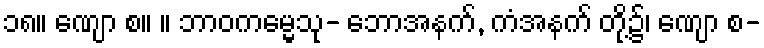
၁၈။ ဏျော စ။ ။ ဘာဝကမ္မေသု- ဘောအနက်, ကံအနက် တို့၌၊ ဏျော စ-